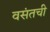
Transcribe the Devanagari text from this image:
वसंतची